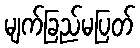
မျက်ခြည်မပြတ်